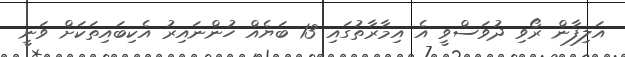
އަލިފާން ރޯވި ދުވަސްވީ އެ އިމާރާތުގައި 13 ބަޔެއް ހުންނައިރު އެކިބައިތަކަށް ވަނީ